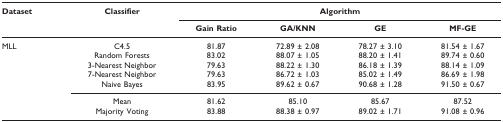
<table><thead><tr><td><b>Dataset</b></td><td><b>Classifier</b></td><td colspan="4"><b>Algorithm</b></td></tr><tr><td></td><td></td><td><b>Gain Ratio</b></td><td><b>GA/KNN</b></td><td><b>GE</b></td><td><b>MF-GE</b></td></tr></thead><tbody><tr><td>MLL</td><td>C4.5</td><td>81.87</td><td>72.89 ± 2.08</td><td>78.27 ± 3.10</td><td>81.54 ± 1.67</td></tr><tr><td></td><td>Random Forests</td><td>83.02</td><td>88.07 ± 1.05</td><td>88.20 ± 1.41</td><td>89.74 ± 0.60</td></tr><tr><td></td><td>3-Nearest Neighbor</td><td>79.63</td><td>88.22 ± 1.30</td><td>86.18 ± 1.39</td><td>88.14 ± 1.09</td></tr><tr><td></td><td>7-Nearest Neighbor</td><td>79.63</td><td>86.72 ± 1.03</td><td>85.02 ± 1.49</td><td>86.69 ± 1.98</td></tr><tr><td></td><td>Naive Bayes</td><td>83.95</td><td>89.62 ± 0.67</td><td>90.68 ± 1.28</td><td>91.50 ± 0.67</td></tr><tr><td></td><td>Mean</td><td>81.62</td><td>85.10</td><td>85.67</td><td>87.52</td></tr><tr><td></td><td>Majority Voting</td><td>83.88</td><td>88.38 ± 0.97</td><td>89.02 ± 1.71</td><td>91.08 ± 0.96</td></tr></tbody></table>